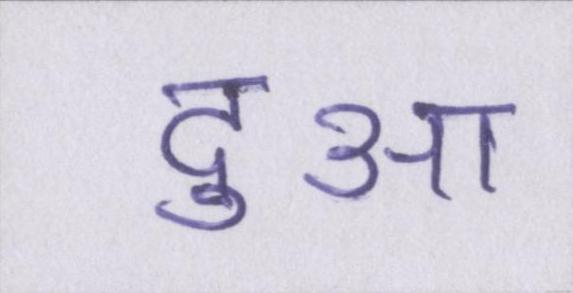
दुआ